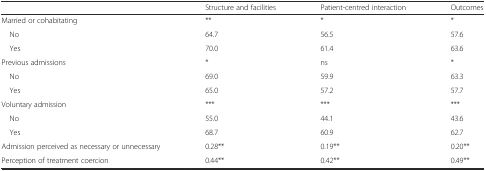
<table><thead><tr><td></td><td><b>Structure and facilities</b></td><td><b>Patient-centred interaction</b></td><td><b>Outcomes</b></td></tr></thead><tbody><tr><td>Married or cohabitating</td><td>**</td><td>*</td><td>*</td></tr><tr><td> No</td><td>64.7</td><td>56.5</td><td>57.6</td></tr><tr><td> Yes</td><td>70.0</td><td>61.4</td><td>63.6</td></tr><tr><td>Previous admissions</td><td>*</td><td>ns</td><td>*</td></tr><tr><td> No</td><td>69.0</td><td>59.9</td><td>63.3</td></tr><tr><td> Yes</td><td>65.0</td><td>57.2</td><td>57.7</td></tr><tr><td>Voluntary admission</td><td>***</td><td>***</td><td>***</td></tr><tr><td> No</td><td>55.0</td><td>44.1</td><td>43.6</td></tr><tr><td> Yes</td><td>68.7</td><td>60.9</td><td>62.7</td></tr><tr><td>Admission perceived as necessary or unnecessary</td><td>0.28**</td><td>0.19**</td><td>0.20**</td></tr><tr><td>Perception of treatment coercion</td><td>0.44**</td><td>0.42**</td><td>0.49**</td></tr></tbody></table>